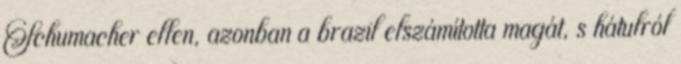
Schumacher ellen, azonban a brazil elszámította magát, s hátulról